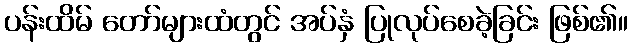
ပန်းထိမ် တော်များထံတွင် အပ်နှံ ပြုလုပ်စေခဲ့ခြင်း ဖြစ်၏။